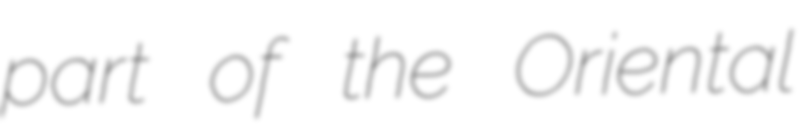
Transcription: part of the Oriental